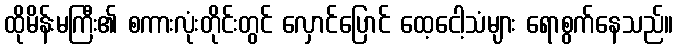
ထိုမိန်းမကြီး၏ စကားလုံးတိုင်းတွင် လှောင်ပြောင် ထေ့ငေါ့သံများ ရောစွက်နေသည်။